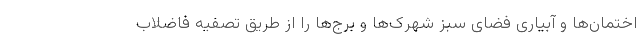
اختمان‌ها و آبیاری فضای سبز شهرک‌ها و برج‌ها را از طریق تصفیه فاضلاب